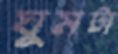
ঘুমটা